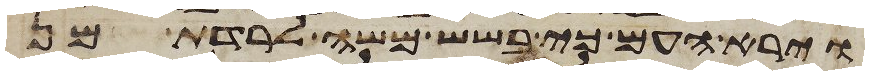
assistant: וירא העם כי בשש משה לרדת מן